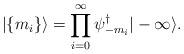
LaTeX: \begin{align*}| \{ m_i \} \rangle = \prod_{i=0}^{\infty} \psi^{\dagger}_{-m_i} | - \infty \rangle.\end{align*}